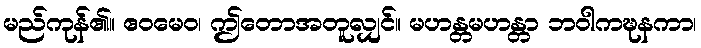
မည်ကုန်၏။ ဧဝမေဝ၊ ဤတောအတူလျှင်။ မဟန္တမဟန္တာ ဘဝါကဍ္ဎနကာ၊